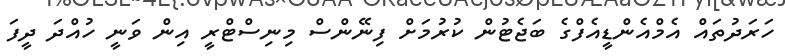
ހަރަދުތައް އެމްއެންޑީއެފްގެ ބަޖެޓުން ކުރުމަށް ފިނޭންސް މިނިސްޓްރީ އިން ވަނީ ހުއްދަ ދީފަ